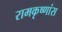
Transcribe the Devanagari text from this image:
रामकृष्णांस